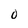
Character: 0